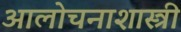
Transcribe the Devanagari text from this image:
आलोचनाशास्त्री